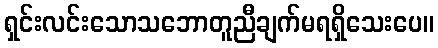
ရှင်းလင်းသောသဘောတူညီချက်မရရှိသေးပေ။